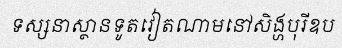
ទស្សនាស្ថានទូតវៀតណាមនៅសិង្ហបុរីឧប